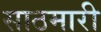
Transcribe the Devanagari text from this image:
साठमारी